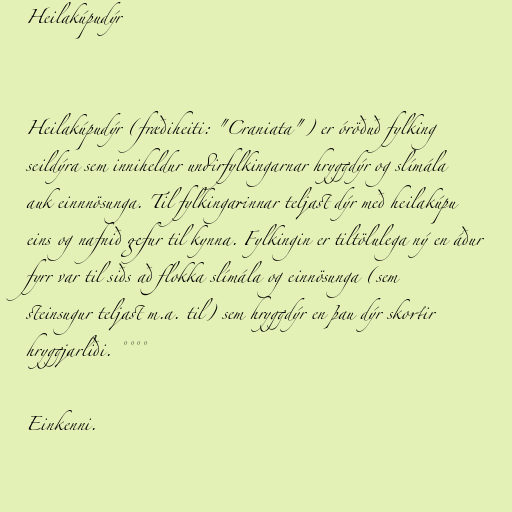
Heilakúpudýr

Heilakúpudýr (fræðiheiti: "Craniata") er óröðuð fylking
seildýra sem inniheldur undirfylkingarnar hryggdýr og slímála
auk einnnösunga. Til fylkingarinnar teljast dýr með heilakúpu
eins og nafnið gefur til kynna. Fylkingin er tiltölulega ný en áður
fyrr var til siðs að flokka slímála og einnösunga (sem
steinsugur teljast m.a. til) sem hryggdýr en þau dýr skortir
hryggjarliði. °°°°

Einkenni.